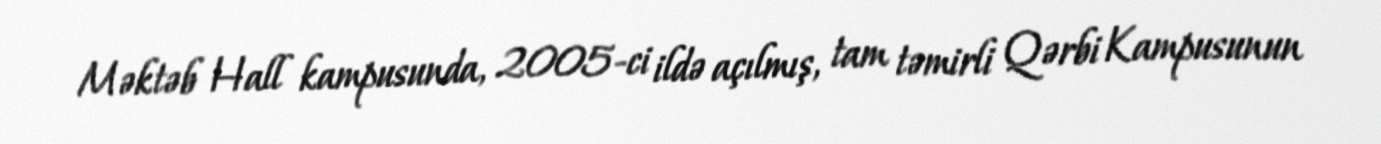
Məktəb Hall kampusunda, 2005-ci ildə açılmış, tam təmirli Qərbi Kampusunun